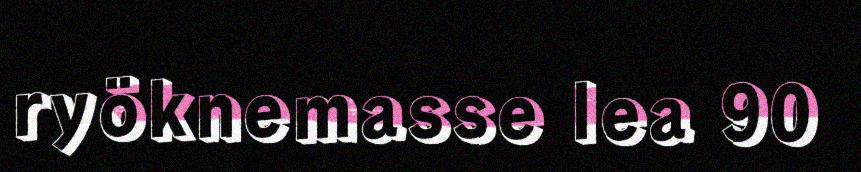
ryöknemasse lea 90